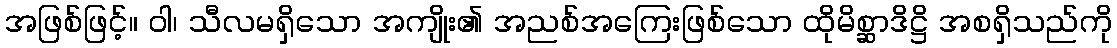
အဖြစ်ဖြင့်။ ဝါ၊ သီလမရှိသော အကျိုး၏ အညစ်အကြေးဖြစ်သော ထိုမိစ္ဆာဒိဋ္ဌိ အစရှိသည်ကို